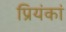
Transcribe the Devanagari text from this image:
प्रियंकां